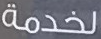
لخدمة